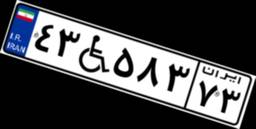
۸۱W۱۳۷۱۳